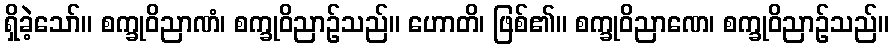
ရှိခဲ့သော်။ စက္ခုဝိညာဏံ၊ စက္ခုဝိညာဉ်သည်။ ဟောတိ၊ ဖြစ်၏။ စက္ခုဝိညာဏေ၊ စက္ခုဝိညာဉ်သည်။